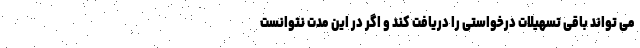
می تواند باقی تسهیلات درخواستی را دریافت کند و اگر در این مدت نتوانست